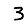
Digit: 3